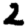
Digit: 2